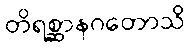
တိရစ္ဆာနဂတောသိ